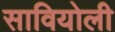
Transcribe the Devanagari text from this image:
सावियोली